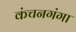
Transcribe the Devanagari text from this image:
कंचनगंगा